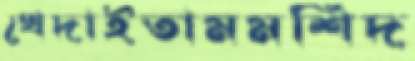
খেদাইতামমশিদ